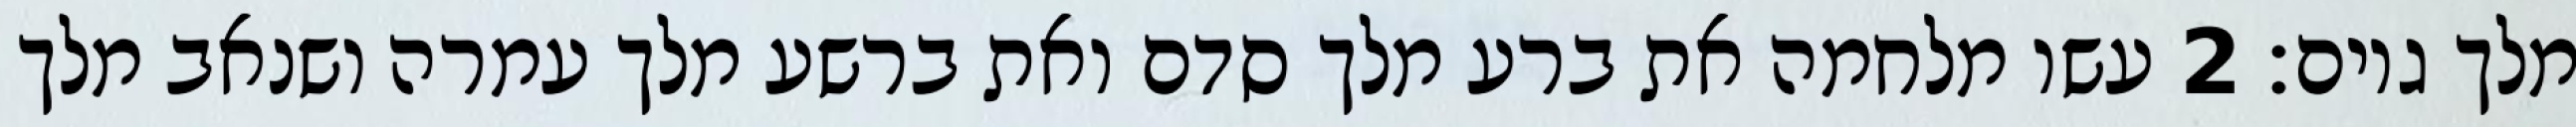
מלך גוים׃ ‎2‏ עשו מלחמה את ברע מלך סדם ואת ברשע מלך עמרה ושנאב מלך